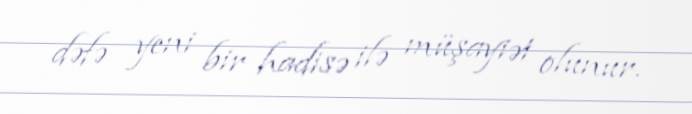
dəfə yeni bir hadisə ilə müşayiət olunur.